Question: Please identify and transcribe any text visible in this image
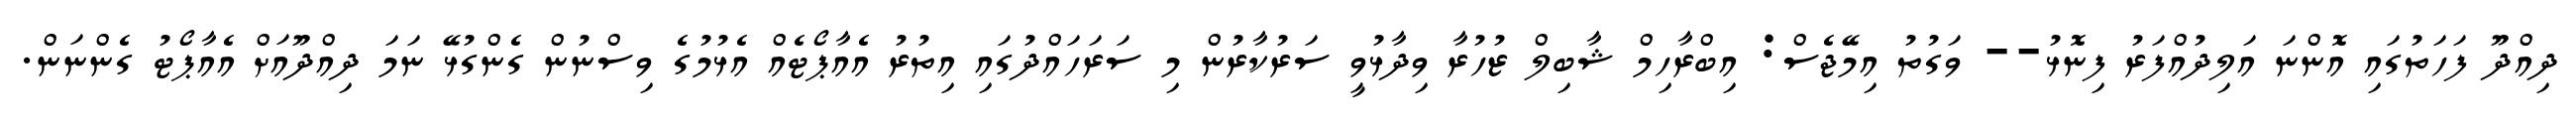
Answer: ދިއްދޫ ފަހަތުގައި އޮންނަ އަލިދުއްފަރު ފިނޮޅު-- ވަގުތު އިމޭޖެސް: އިބްރާހިމް ޝާބިލް ޒުހުރާ ވިދާޅުވީ ސަރުކާރުން މި ސަރަހައްދުގައި އިތުރު އެއާޕޯޓެއް އެޅުމުގެ ވިސްނުން ގެންގުޅޭ ނަމަ ދިއްދޫއަށް އެއާޕޯޓު ގެންނަން.